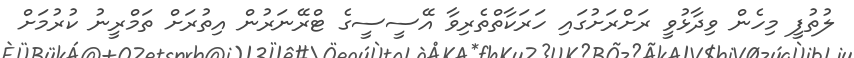
ލުތުފީ މިހެން ވިދާޅުވީ ރަށްރަށުގައި ހަރަކާތްތެރިވާ އޭސީސީގެ ޓްރޭނަރުން އިތުރަށް ތަމްރީނު ކުރުމަށް